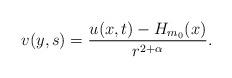
LaTeX: \begin{align*} v(y,s)=\frac{u(x,t)-H_{m_0}(x)}{r^{2+\alpha}}.\end{align*}